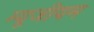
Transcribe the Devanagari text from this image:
म्‍यूजीयम